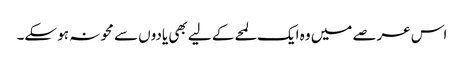
اس عرصے میں وہ ایک لمحے کے لیے بھی یادوں سے محو نہ ہو سکے۔